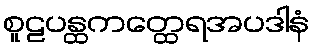
စူဠပန္ထကတ္ထေရအပဒါနံ